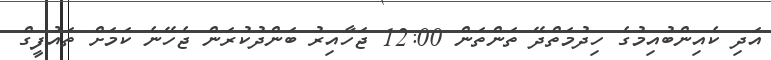
އަދި ކެއިންބުއިމުގެ ހިދުމަތްދޭ ތަންތަން 12:00 ޖަހާއިރު ބަންދުކުރަން ޖެހޭނެ ކަމަށް ތައުފީގް